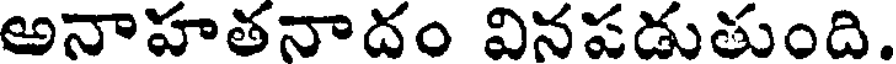
అనాహతనాదం వినపడుతుంది.